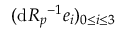
( \mathrm { d } R _ { p } { } ^ { - 1 } e _ { i } ) _ { 0 \leq i \leq 3 }